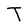
Character: T